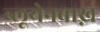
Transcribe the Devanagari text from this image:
ब्लूयेनबाख़